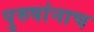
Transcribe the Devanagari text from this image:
पुरुषांनाच